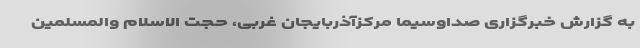
به گزارش خبرگزاری صداوسیما مرکزآذربایجان غربی، حجت الاسلام والمسلمین